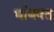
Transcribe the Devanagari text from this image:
थांबवत